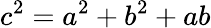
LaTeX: c^{2}=a^{2}+b^{2}+ab